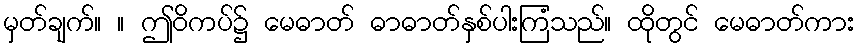
မှတ်ချက်။ ။ ဤဝိကပ်၌ မေဓာတ် ဓာဓာတ်နှစ်ပါးကြံသည်။ ထိုတွင် မေဓာတ်ကား